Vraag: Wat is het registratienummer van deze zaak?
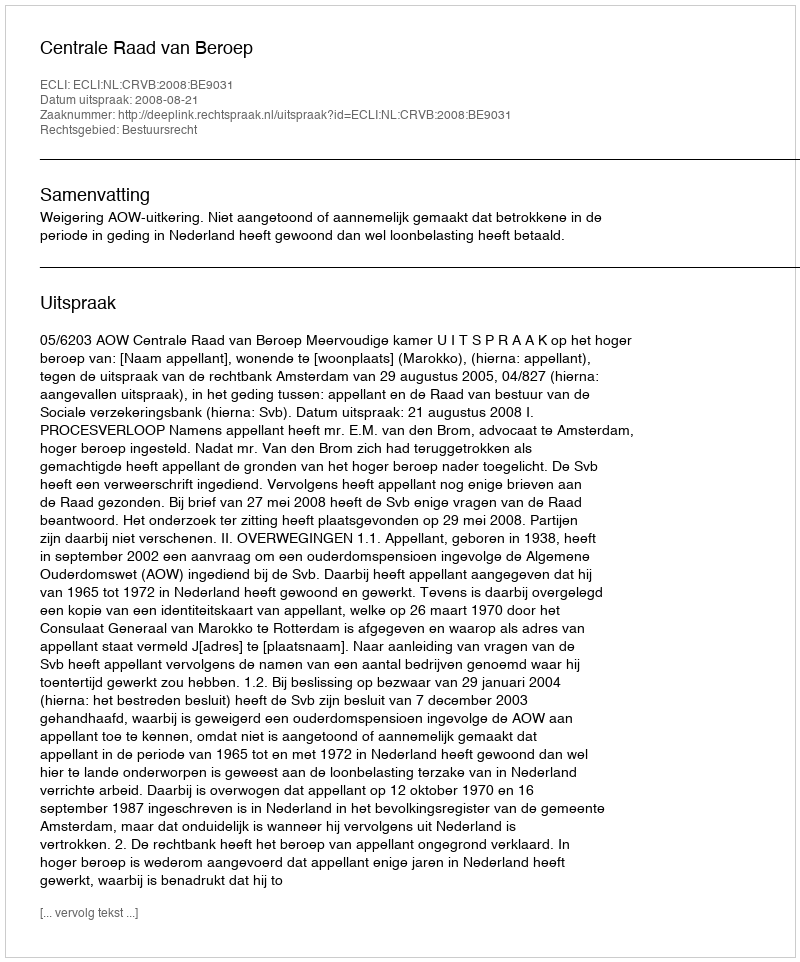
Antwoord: http://deeplink.rechtspraak.nl/uitspraak?id=ECLI:NL:CRVB:2008:BE9031